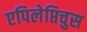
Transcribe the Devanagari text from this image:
एपिलेप्तिचुस